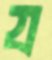
য